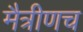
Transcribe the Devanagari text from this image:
मैत्रीणच